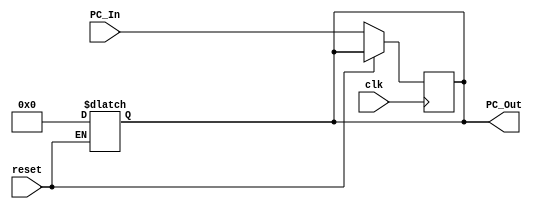
module Program_Counter
  (
     input clk,
     input reset,
     input [63:0] PC_In,
     output reg [63:0] PC_Out
  );

	always @ (reset)
	begin
	if (reset==1'b1)
        PC_Out <= 64'b0;
	end
	
  always@ (posedge clk)
	begin 
	if (reset==1'b0)
        PC_Out <= PC_In;
	end
    
endmodule